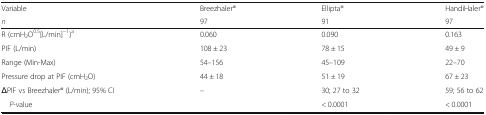
| Variable | Breezhaler® | Ellipta® | HandiHaler® |
 | n | 97 | 91 | 97 |
 | --- | --- | --- | --- |
 | R (cmH2O0.5[L/min]−1)a | 0.060 | 0.090 | 0.163 |
 | PIF (L/min) | 108 ± 23 | 78 ± 15 | 49 ± 9 |
 | Range (Min-Max) | 54–156 | 45–109 | 22–70 |
 | Pressure drop at PIF (cmH2O) | 44 ± 18 | 51 ± 19 | 67 ± 23 |
 | ΔPIF vs Breezhaler® (L/min); 95% CI | – | 30; 27 to 32 | 59; 56 to 62 |
 | P-value |  | < 0.0001 | < 0.0001 |